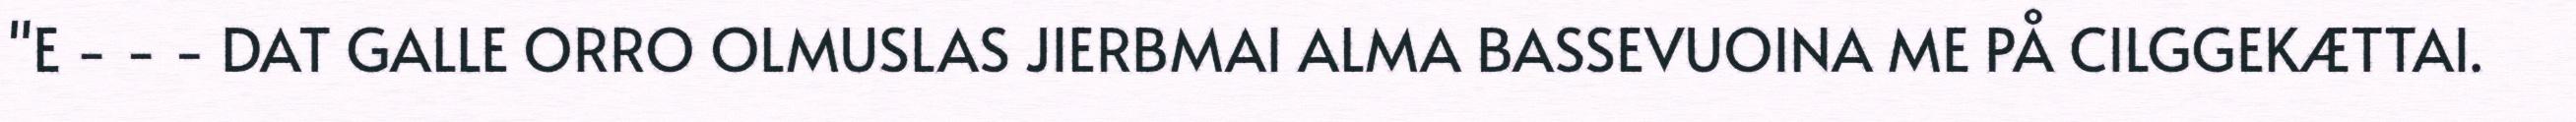
"E - - - DAT GALLE ORRO OLMUSLAS JIERBMAI ALMA BASSEVUOINA ME PÅ CILGGEKÆTTAI.